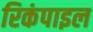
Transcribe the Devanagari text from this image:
रिकंपाइल